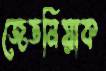
জেডনিয়াক